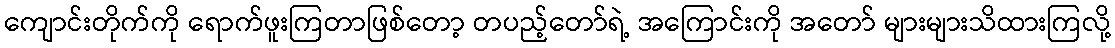
ကျောင်းတိုက်ကို ရောက်ဖူးကြတာဖြစ်တော့ တပည့်တော်ရဲ့ အကြောင်းကို အတော် များများသိထားကြလို့